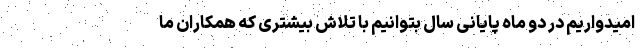
امیدواریم در دو ماه پایانی سال بتوانیم با تلاش بیشتری که همکاران ما